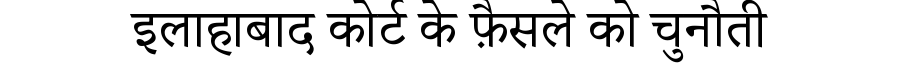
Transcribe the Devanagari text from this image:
इलाहाबाद कोर्ट के फ़ैसले को चुनौती